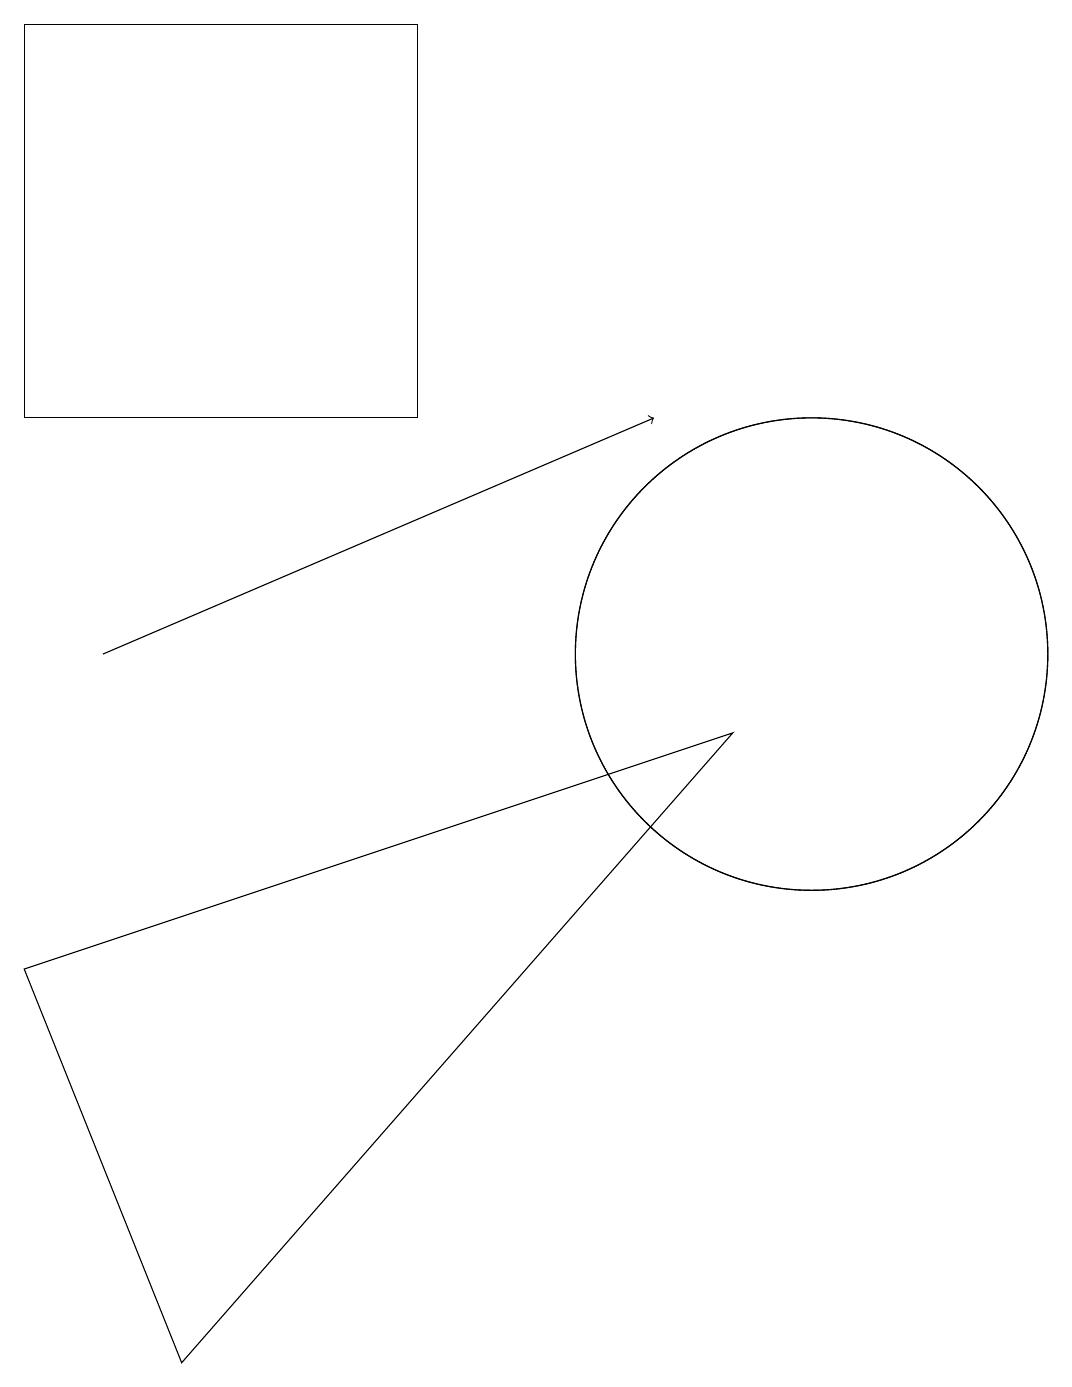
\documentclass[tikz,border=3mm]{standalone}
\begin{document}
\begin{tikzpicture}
\draw (2,1) -- (9,9) -- (0,6) -- cycle;
\draw (0,13) rectangle (5,18);
\draw (10,10) circle (3);
\draw (10,10) circle (3);
\draw[->] (1,10) -- (8,13);
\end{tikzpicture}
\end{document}